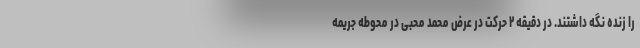
را زنده نگه داشتند. در دقیقه ۲ حرکت در عرض محمد محبی در محوطه جریمه